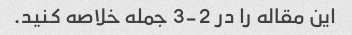
این مقاله را در 2-3 جمله خلاصه کنید.